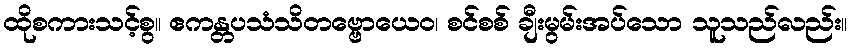
ထိုစကားသင့်စွ။ ဧကန္တပသံသိတဗ္ဗောယေဝ၊ စင်စစ် ချီးမွမ်းအပ်သော သူသည်လည်း။